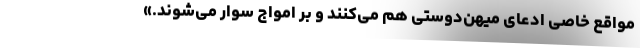
مواقع خاصی ادعای میهن‌دوستی هم می‌کنند و بر امواج سوار می‌شوند.»